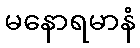
မနောရမာနံ